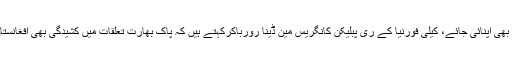
لیکن حکمت عملی جو بھی اپنائی جائے، کیلی فورنیا کے ری پبلیکن کانگریس مین ڈینا رورباکرکہتے ہیں کہ پاک بھارت تعلقات میں کشیدگی بھی افغانستان کو متاثر کرتی ہے۔